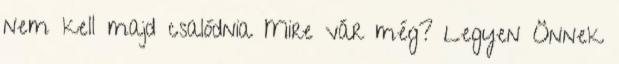
nem kell majd csalódnia Mire vár még? Legyen Önnek